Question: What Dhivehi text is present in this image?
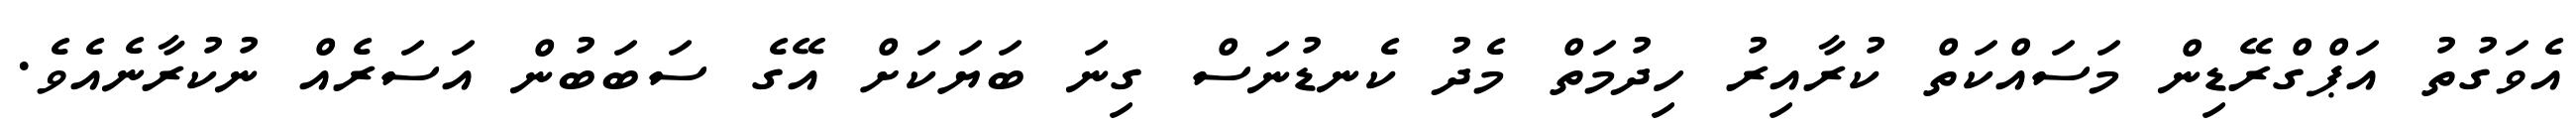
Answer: އެވަގުތު އަޕްގްރޭޑިން މަސައްކަތް ކުރާއިރު ހިދުމަތް މެދު ކެނޑުނަސް ގިނަ ބަޔަކަށް އޭގެ ސަބަބުން އަސަރެއް ނުކުރާނެއެވެ.